Leaving Certificate Examination (including Day School Certificate (Higher) General paper), 1937
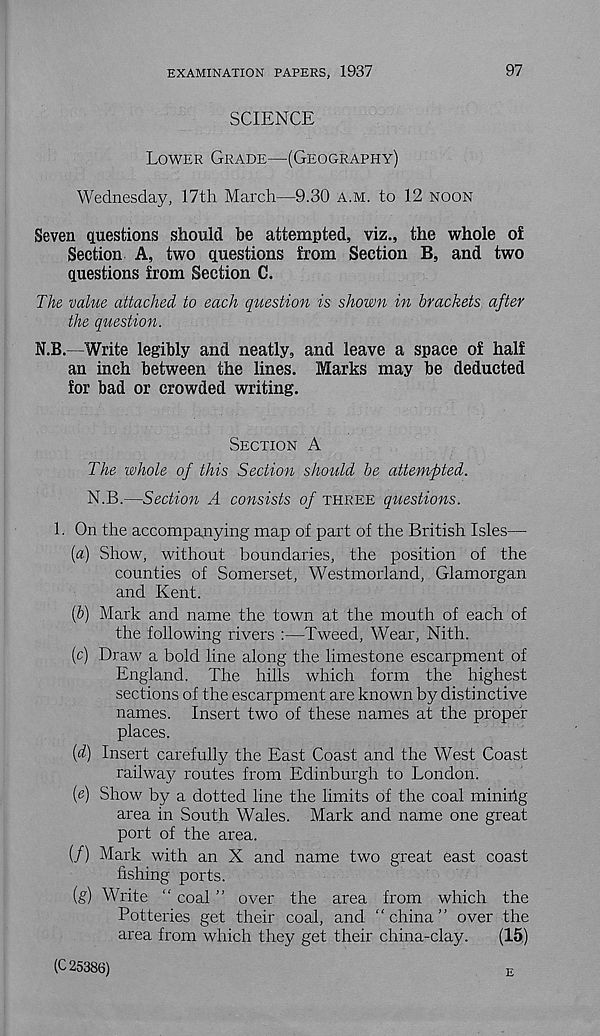
EXAMINATION PAPERS, 1937
97
SCIENCE
Lower Grade—(Geography)
Wednesday, 17th March—9.30 a.m. to 12 noon
Seven questions should be attempted, viz., the whole of
Section A, two questions from Section B, and two
questions from Section C.
The value attached to each question is shown in brackets after
the question.
N.B.—Write legibly and neatly, and leave a space of half
an inch between the lines. Marks may be deducted
for bad or crowded writing.
Section A
The whole of this Section should be attempted.
N.B.—Section A consists of three questions.
1. On the accompanying map of part of the British Isles—
(a) Show, without boundaries, the position of the
counties of Somerset, Westmorland, Glamorgan
and Kent.
(b) Mark and name the town at the mouth of each of
the following rivers :—Tweed, Wear, Nith.
(c) Draw a bold line along the limestone escarpment of
England. The hills which form the highest
sections of the escarpment are known by distinctive
names. Insert two of these names at the proper
places.
(d) Insert carefully the East Coast and the West Coast
railway routes from Edinburgh to London.
(e) Show by a dotted line the limits of the coal minirig
area in South Wales. Mark and name one great
port of the area.
(/) Mark with an X and name two great east coast
fishing ports.
(g) Write “ coal ” over the area from which the
Potteries get their coal, and “china” over the
area from which they get their china-clay.
(15)
(C 25386)
E